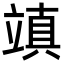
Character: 𥪧